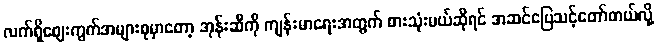
လက်ရှိဈေးကွက်အများစုမှာတော့ အုန်းဆီကို ကျန်းမာရေးအတွက် စားသုံးမယ်ဆိုရင် အဆင်ပြေသင့်တော်တယ်လို့